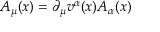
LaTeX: A _ { \mu } ( x ) = \partial _ { \mu } v ^ { \alpha } ( x ) A _ { \alpha } ( x )